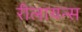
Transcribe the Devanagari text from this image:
रीलायन्स